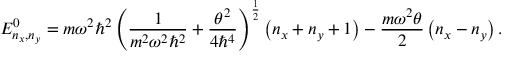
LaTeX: E _ { n _ { x } , n _ { y } } ^ { 0 } = m \omega ^ { 2 } \hbar ^ { 2 } \left( \frac { 1 } { m ^ { 2 } \omega ^ { 2 } \hbar ^ { 2 } } + \frac { \theta ^ { 2 } } { 4 \hbar ^ { 4 } } \right) ^ { \frac { 1 } { 2 } } \left( n _ { x } + n _ { y } + 1 \right) - \frac { m \omega ^ { 2 } \theta } { 2 } \left( n _ { x } - n _ { y } \right) .